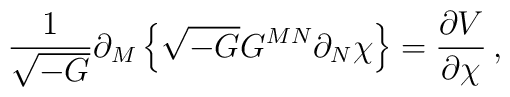
\frac{1}{\sqrt{-G}}\partial_M\left\{\sqrt{-G}G^{MN}\partial_N\chi\right\}=\frac{\partial V}{\partial \chi}\, ,